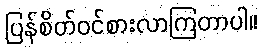
ပြန်စိတ်ဝင်စားလာကြတာပါ။